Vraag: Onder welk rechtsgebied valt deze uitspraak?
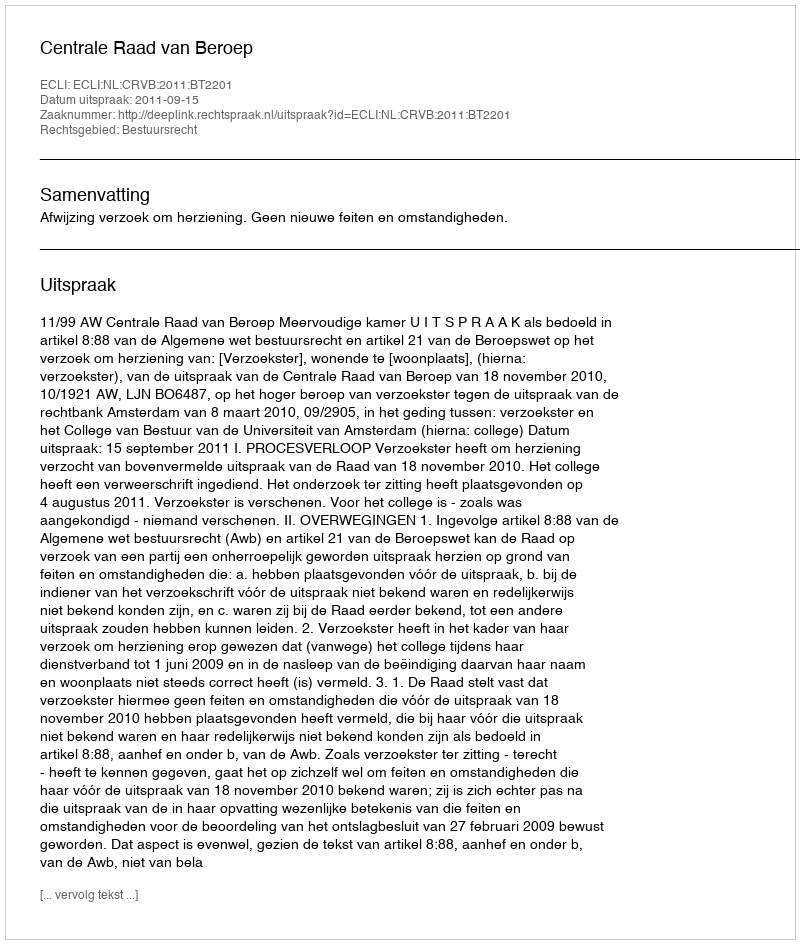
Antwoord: Bestuursrecht